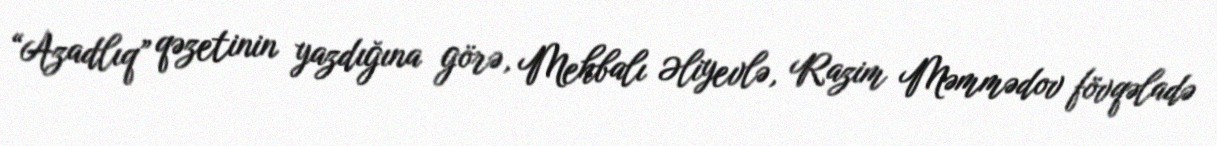
“Azadlıq” qəzetinin yazdığına görə, Mehbalı Əliyevlə, Razim Məmmədov fövqəladə